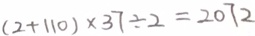
( 2 + 1 1 0 ) \times 3 7 \div 2 = 2 0 7 2